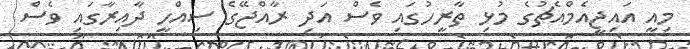
މިއީ އައިޖީއެމްއެޗުގެ މުޅި ތާރީހުގައި ވެސް އަދި ރާއްޖޭގެ ސިއްހީ ދާއިރާގައި ވެސް